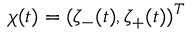
\chi ( t ) = ( \zeta _ { - } ( t ) , \zeta _ { + } ( t ) ) ^ { T }